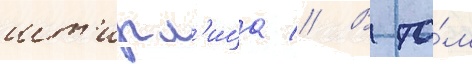
шт'ирл'ица // В то́м